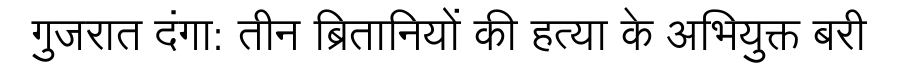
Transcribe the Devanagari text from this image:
गुजरात दंगा: तीन ब्रितानियों की हत्या के अभियुक्त बरी